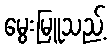
မွေးမြူသည့်